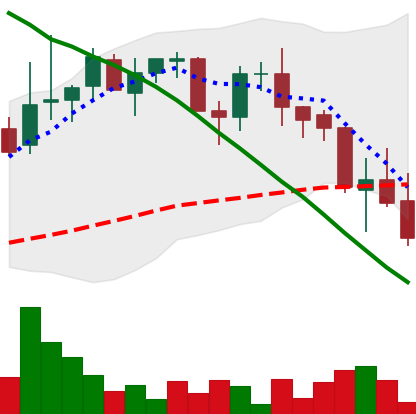
Ticker: LINK-USD
Chart end date: 2018-09-08
Forward return: 12.347%
Label: up_7plus